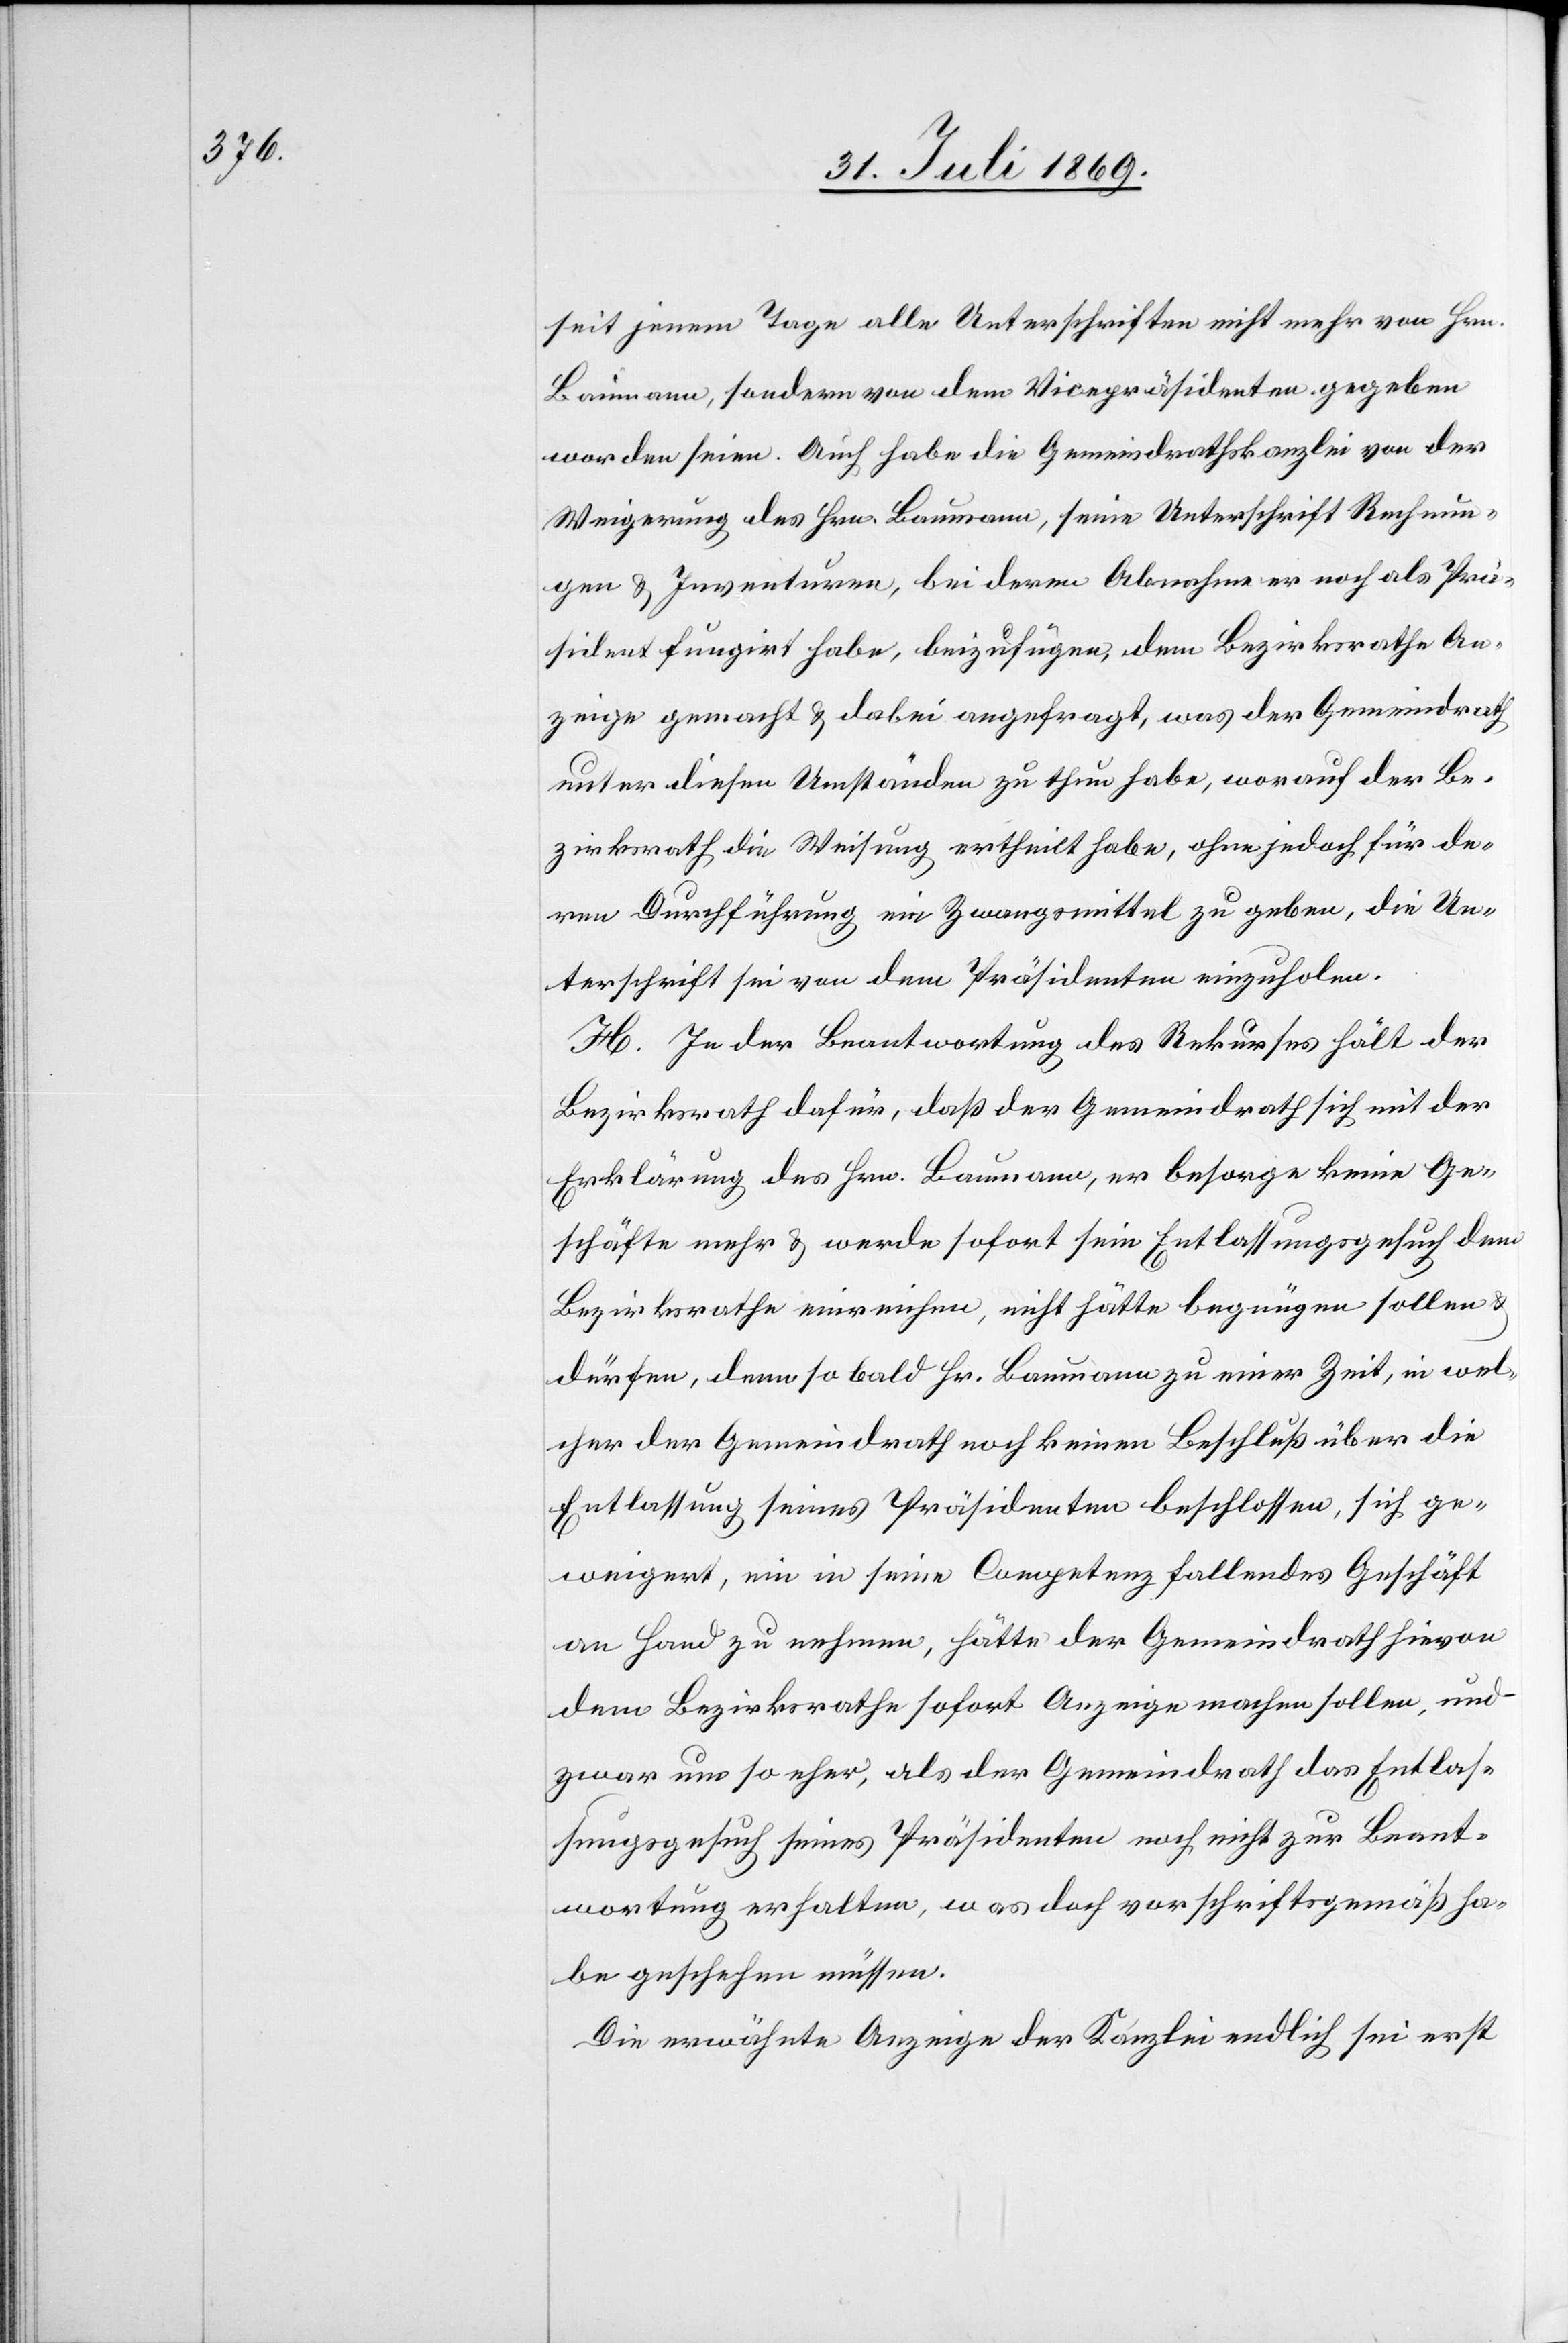
seit jenem Tage alle Unterschriften nicht mehr von Hrn.
Baumann, sondern von dem Vicepräsidenten gegeben
worden seien. Auch habe die Gemeindrathskanzlei von der
Weigerung des Hrn. Baumann, seine Unterschrift Rechnun¬
gen u. Inventuren, bei deren Abnahme er noch als Prä¬
sident fungirt habe, beizufügen, dem Bezirksrathe An¬
zeige gemacht u. dabei angefragt, was der Gemeindrath
unter diesen Umständen zu thun habe, worauf der Be¬
zirksrath die Weisung ertheilt habe, ohne jedoch für de¬
ren Durchführung ein Zwangsmittel zu geben, die Un¬
terschrift sei von dem Präsidenten einzuholen.
H. In der Beantwortung des Rekurses hält der
Bezirksrath dafür, daß der Gemeindrath sich mit der
Erklärung des Hrn. Baumann, er besorge keine Ge¬
schäfte mehr u. werde sofort sein Entlassungsgesuch dem
Bezirksrathe einreichen, nicht hätte begnügen sollen u.
dürfen, denn so bald Hr. Baumann zu einer Zeit, in wel¬
cher der Gemeindrath noch keinen Beschluß über die
Entlassung seines Präsidenten beschlossen, sich ge¬
weigert, ein in seine Competenz fallendes Geschäft
an Hand zu nehmen, hätte der Gemeindrath hievon
dem Bezirksrathe sofort Anzeige machen sollen, und
zwar um so eher, als der Gemeindrath das Entlas¬
sungsgesuch seines Präsidenten noch nicht zur Beant¬
wortung erhalten, was doch vorschriftsgemäß ha¬
be geschehen müssen.
Die erwähnte Anzeige der Kanzlei endlich sei erst